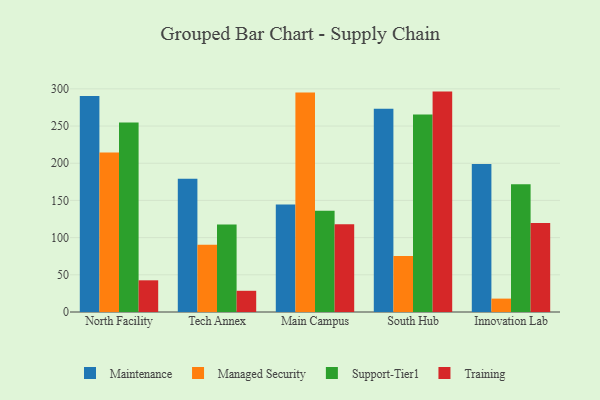
{"axis": {"x": "Campus", "y": "Bounce Rate (%)"}, "legend": ["Maintenance", "Managed Security", "Support-Tier1", "Training"], "data": [{"x": "North Facility", "y": 290.4, "type": "Maintenance"}, {"x": "North Facility", "y": 214.5, "type": "Managed Security"}, {"x": "North Facility", "y": 254.7, "type": "Support-Tier1"}, {"x": "North Facility", "y": 42.6, "type": "Training"}, {"x": "Tech Annex", "y": 179.2, "type": "Maintenance"}, {"x": "Tech Annex", "y": 90.4, "type": "Managed Security"}, {"x": "Tech Annex", "y": 117.8, "type": "Support-Tier1"}, {"x": "Tech Annex", "y": 28.5, "type": "Training"}, {"x": "Main Campus", "y": 144.6, "type": "Maintenance"}, {"x": "Main Campus", "y": 295.1, "type": "Managed Security"}, {"x": "Main Campus", "y": 136.0, "type": "Support-Tier1"}, {"x": "Main Campus", "y": 117.9, "type": "Training"}, {"x": "South Hub", "y": 273.3, "type": "Maintenance"}, {"x": "South Hub", "y": 75.4, "type": "Managed Security"}, {"x": "South Hub", "y": 265.6, "type": "Support-Tier1"}, {"x": "South Hub", "y": 296.3, "type": "Training"}, {"x": "Innovation Lab", "y": 199.1, "type": "Maintenance"}, {"x": "Innovation Lab", "y": 18.0, "type": "Managed Security"}, {"x": "Innovation Lab", "y": 171.9, "type": "Support-Tier1"}, {"x": "Innovation Lab", "y": 119.8, "type": "Training"}]}